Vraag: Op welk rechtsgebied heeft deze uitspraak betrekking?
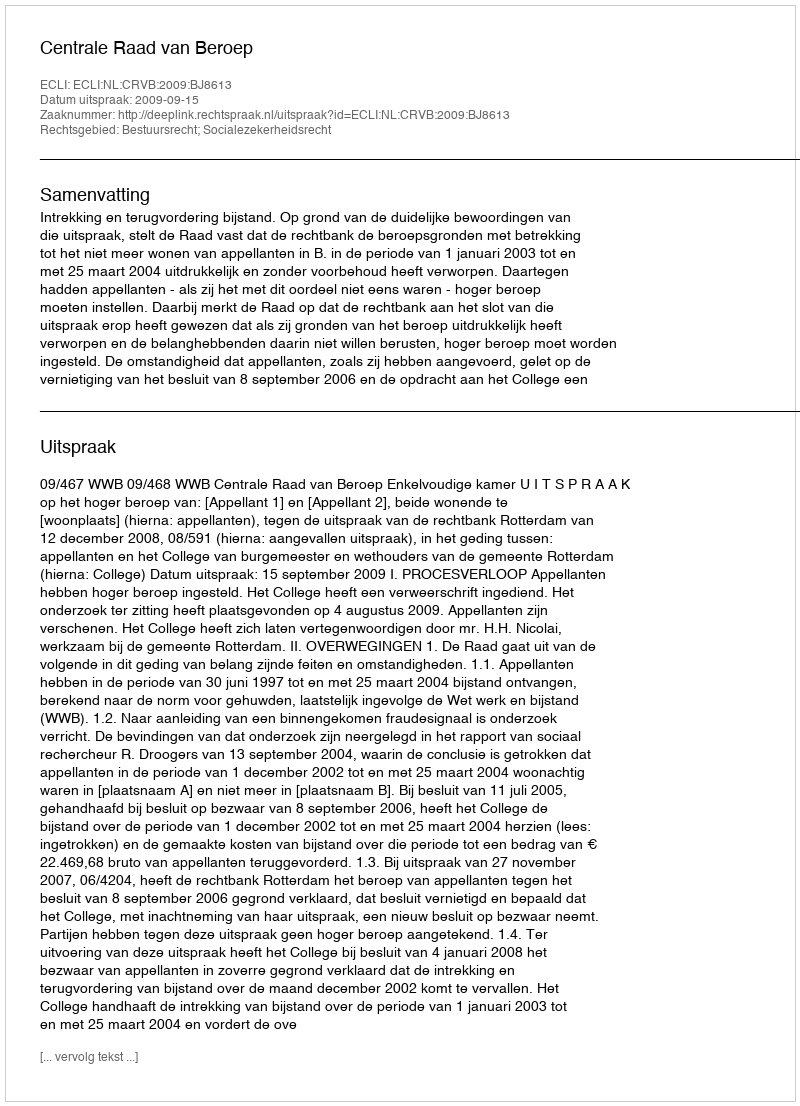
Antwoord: Bestuursrecht; Socialezekerheidsrecht